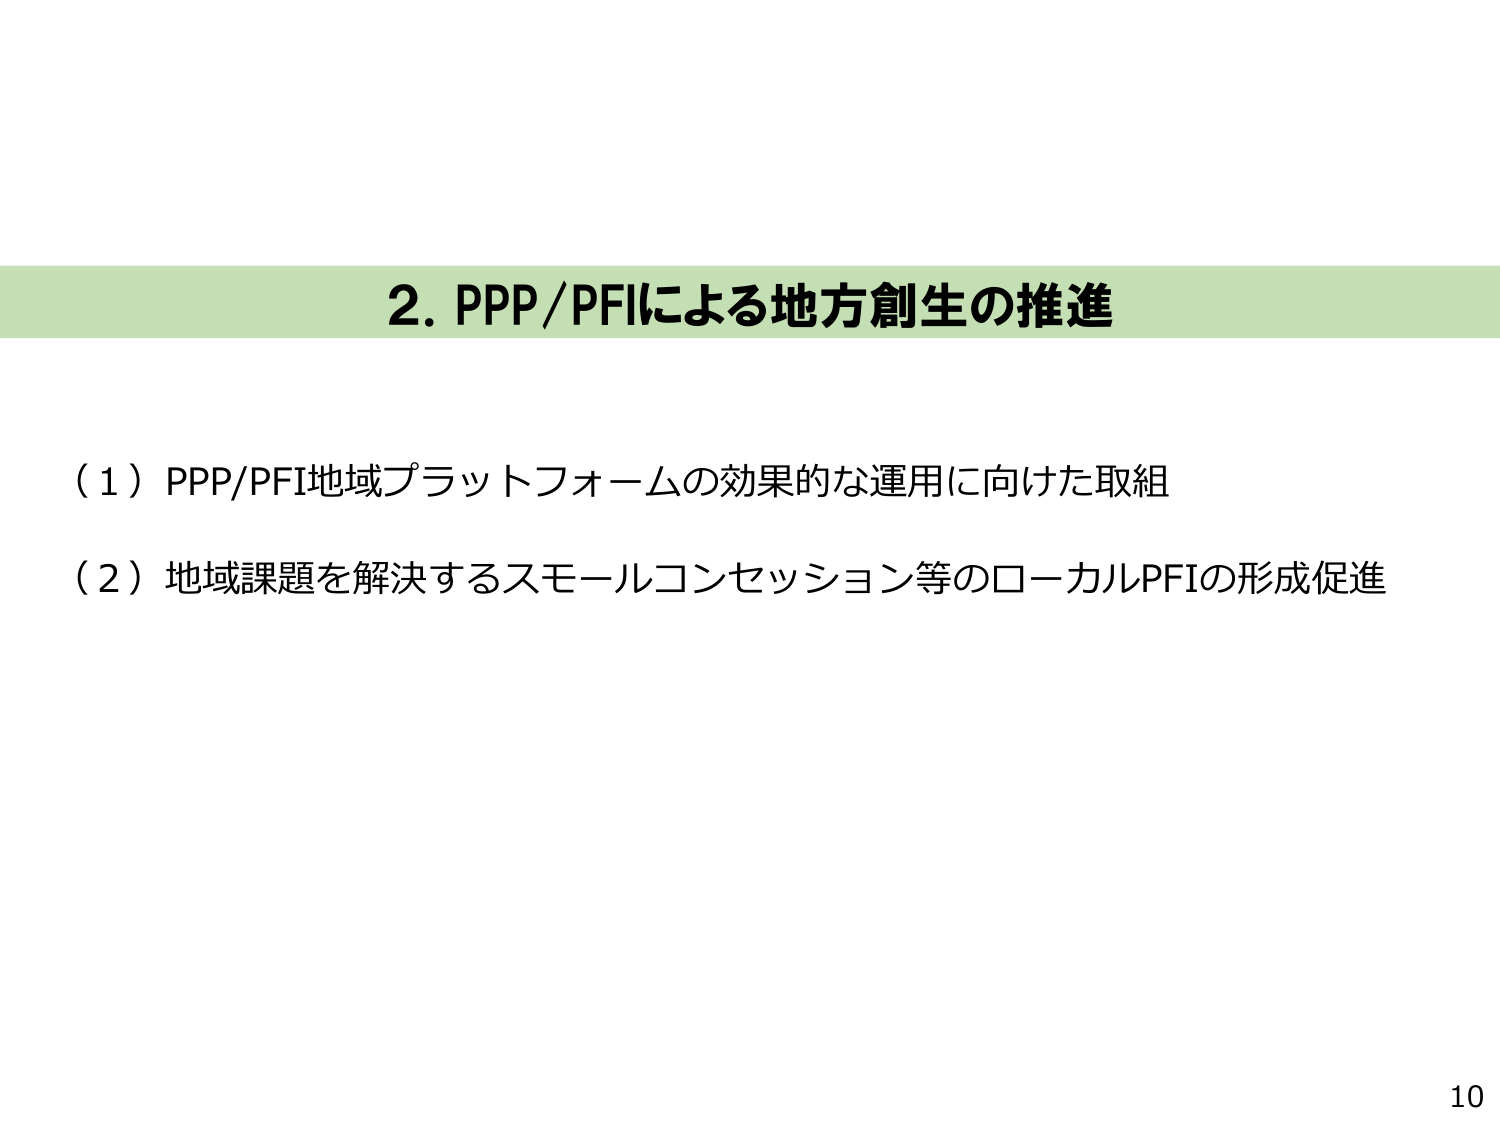
2. PPP/PFIによる地方創生の推進

（1）PPP/PFI地域プラットフォームの効果的な運用に向けた取組

（2）地域課題を解決するスモールコンセッション等のローカルPFIの形成促進

10